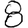
Digit: 8